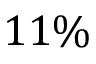
1 1 \%